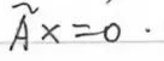
$\widetilde{A}x = b^{*}$